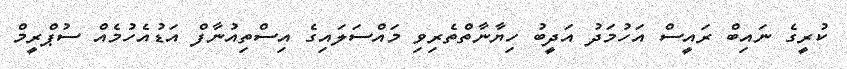
ކުރީގެ ނައިބް ރައީސް އަހުމަދު އަދީބު ހިޔާނާތްތެރިވި މައްސަލައިގެ އިސްތިއުނާފް އަޑުއެހުމެއް ސުޕްރީމް